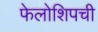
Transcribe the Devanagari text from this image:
फेलोशिपची